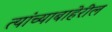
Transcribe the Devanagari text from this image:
त्यांच्याबाहेरील